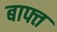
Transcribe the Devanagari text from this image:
बाफ्त